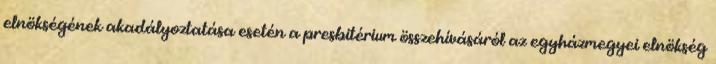
elnökségének akadályoztatása esetén a presbitérium összehívásáról az egyházmegyei elnökség